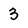
Character: 3